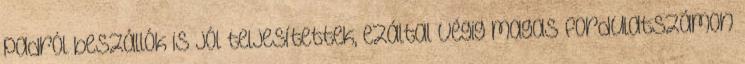
padról beszállók is jól teljesítettek, ezáltal végig magas fordulatszámon